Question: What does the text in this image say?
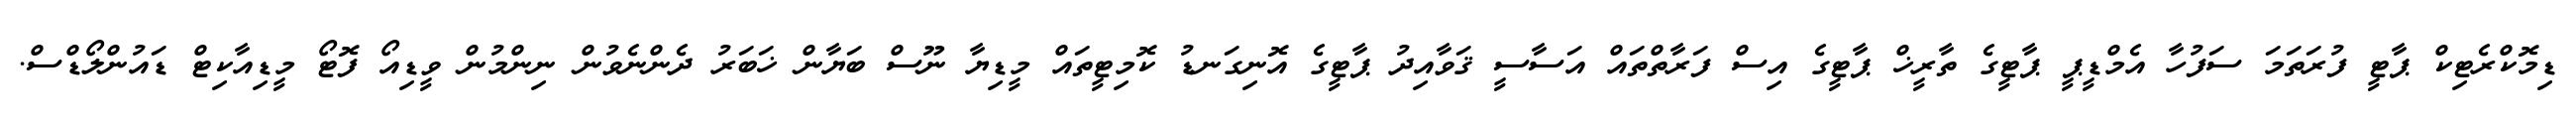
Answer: ޑިމޮކްރެޓިކް ޕާޓީ ފުރަތަމަ ސަފުހާ އެމްޑީޕީ ޕާޓީގެ ތާރީޚް ޕާޓީގެ އިސް ފަރާތްތައް އަސާސީ ޤަވާއިދު ޕާޓީގެ އޮނިގަނޑު ކޮމިޓީތައް މީޑިޔާ ނޫސް ބަޔާން ޚަބަރު ދެންނެވުން ނިންމުން ވީޑިއޯ ފޮޓޯ މީޑިއާކިޓް ޑައުންލޯޑްސް.